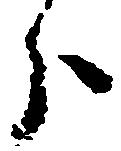
分